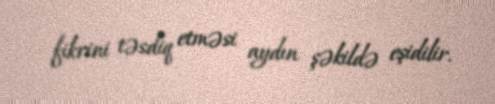
fikrini təsdiq etməsi aydın şəkildə eşidilir.